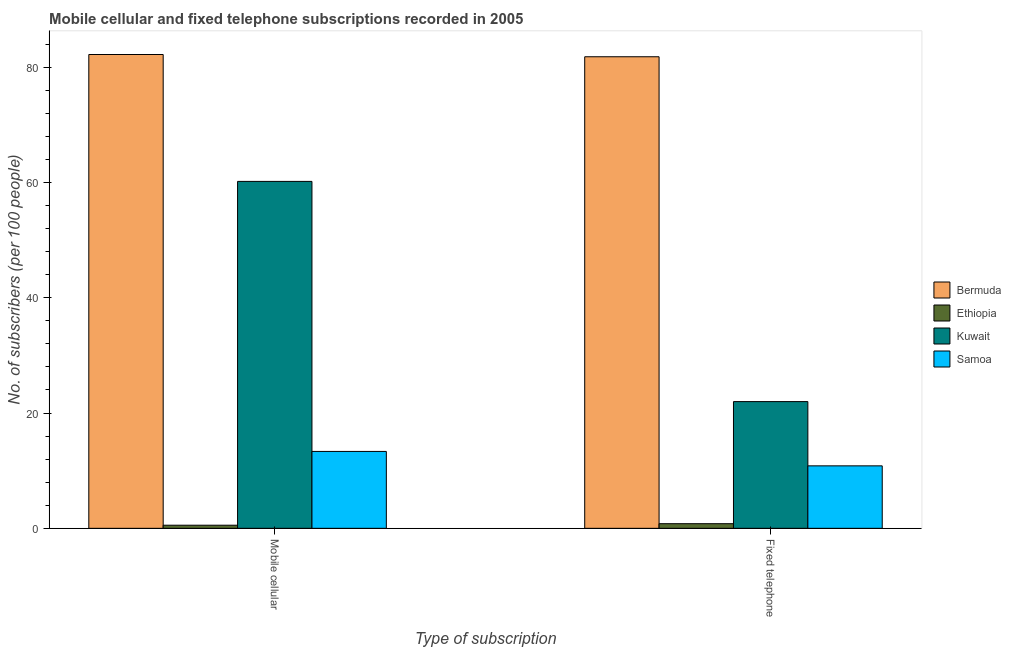
| Type of subscription | Bermuda | Ethiopia | Kuwait | Samoa |
 | --- | --- | --- | --- | --- |
 | Mobile cellular | 82.2 | 0.539 | 60.2 | 13.3 |
 | Fixed telephone | 81.8 | 0.801 | 22 | 10.8 |